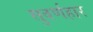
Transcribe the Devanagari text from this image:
सुवर्णहार